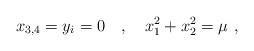
LaTeX: \begin{align*}x_{3,4}=y_i=0\quad , \quad x_1^2 +x_2^2=\mu~,\end{align*}